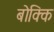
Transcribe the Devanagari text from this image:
बोक्कि